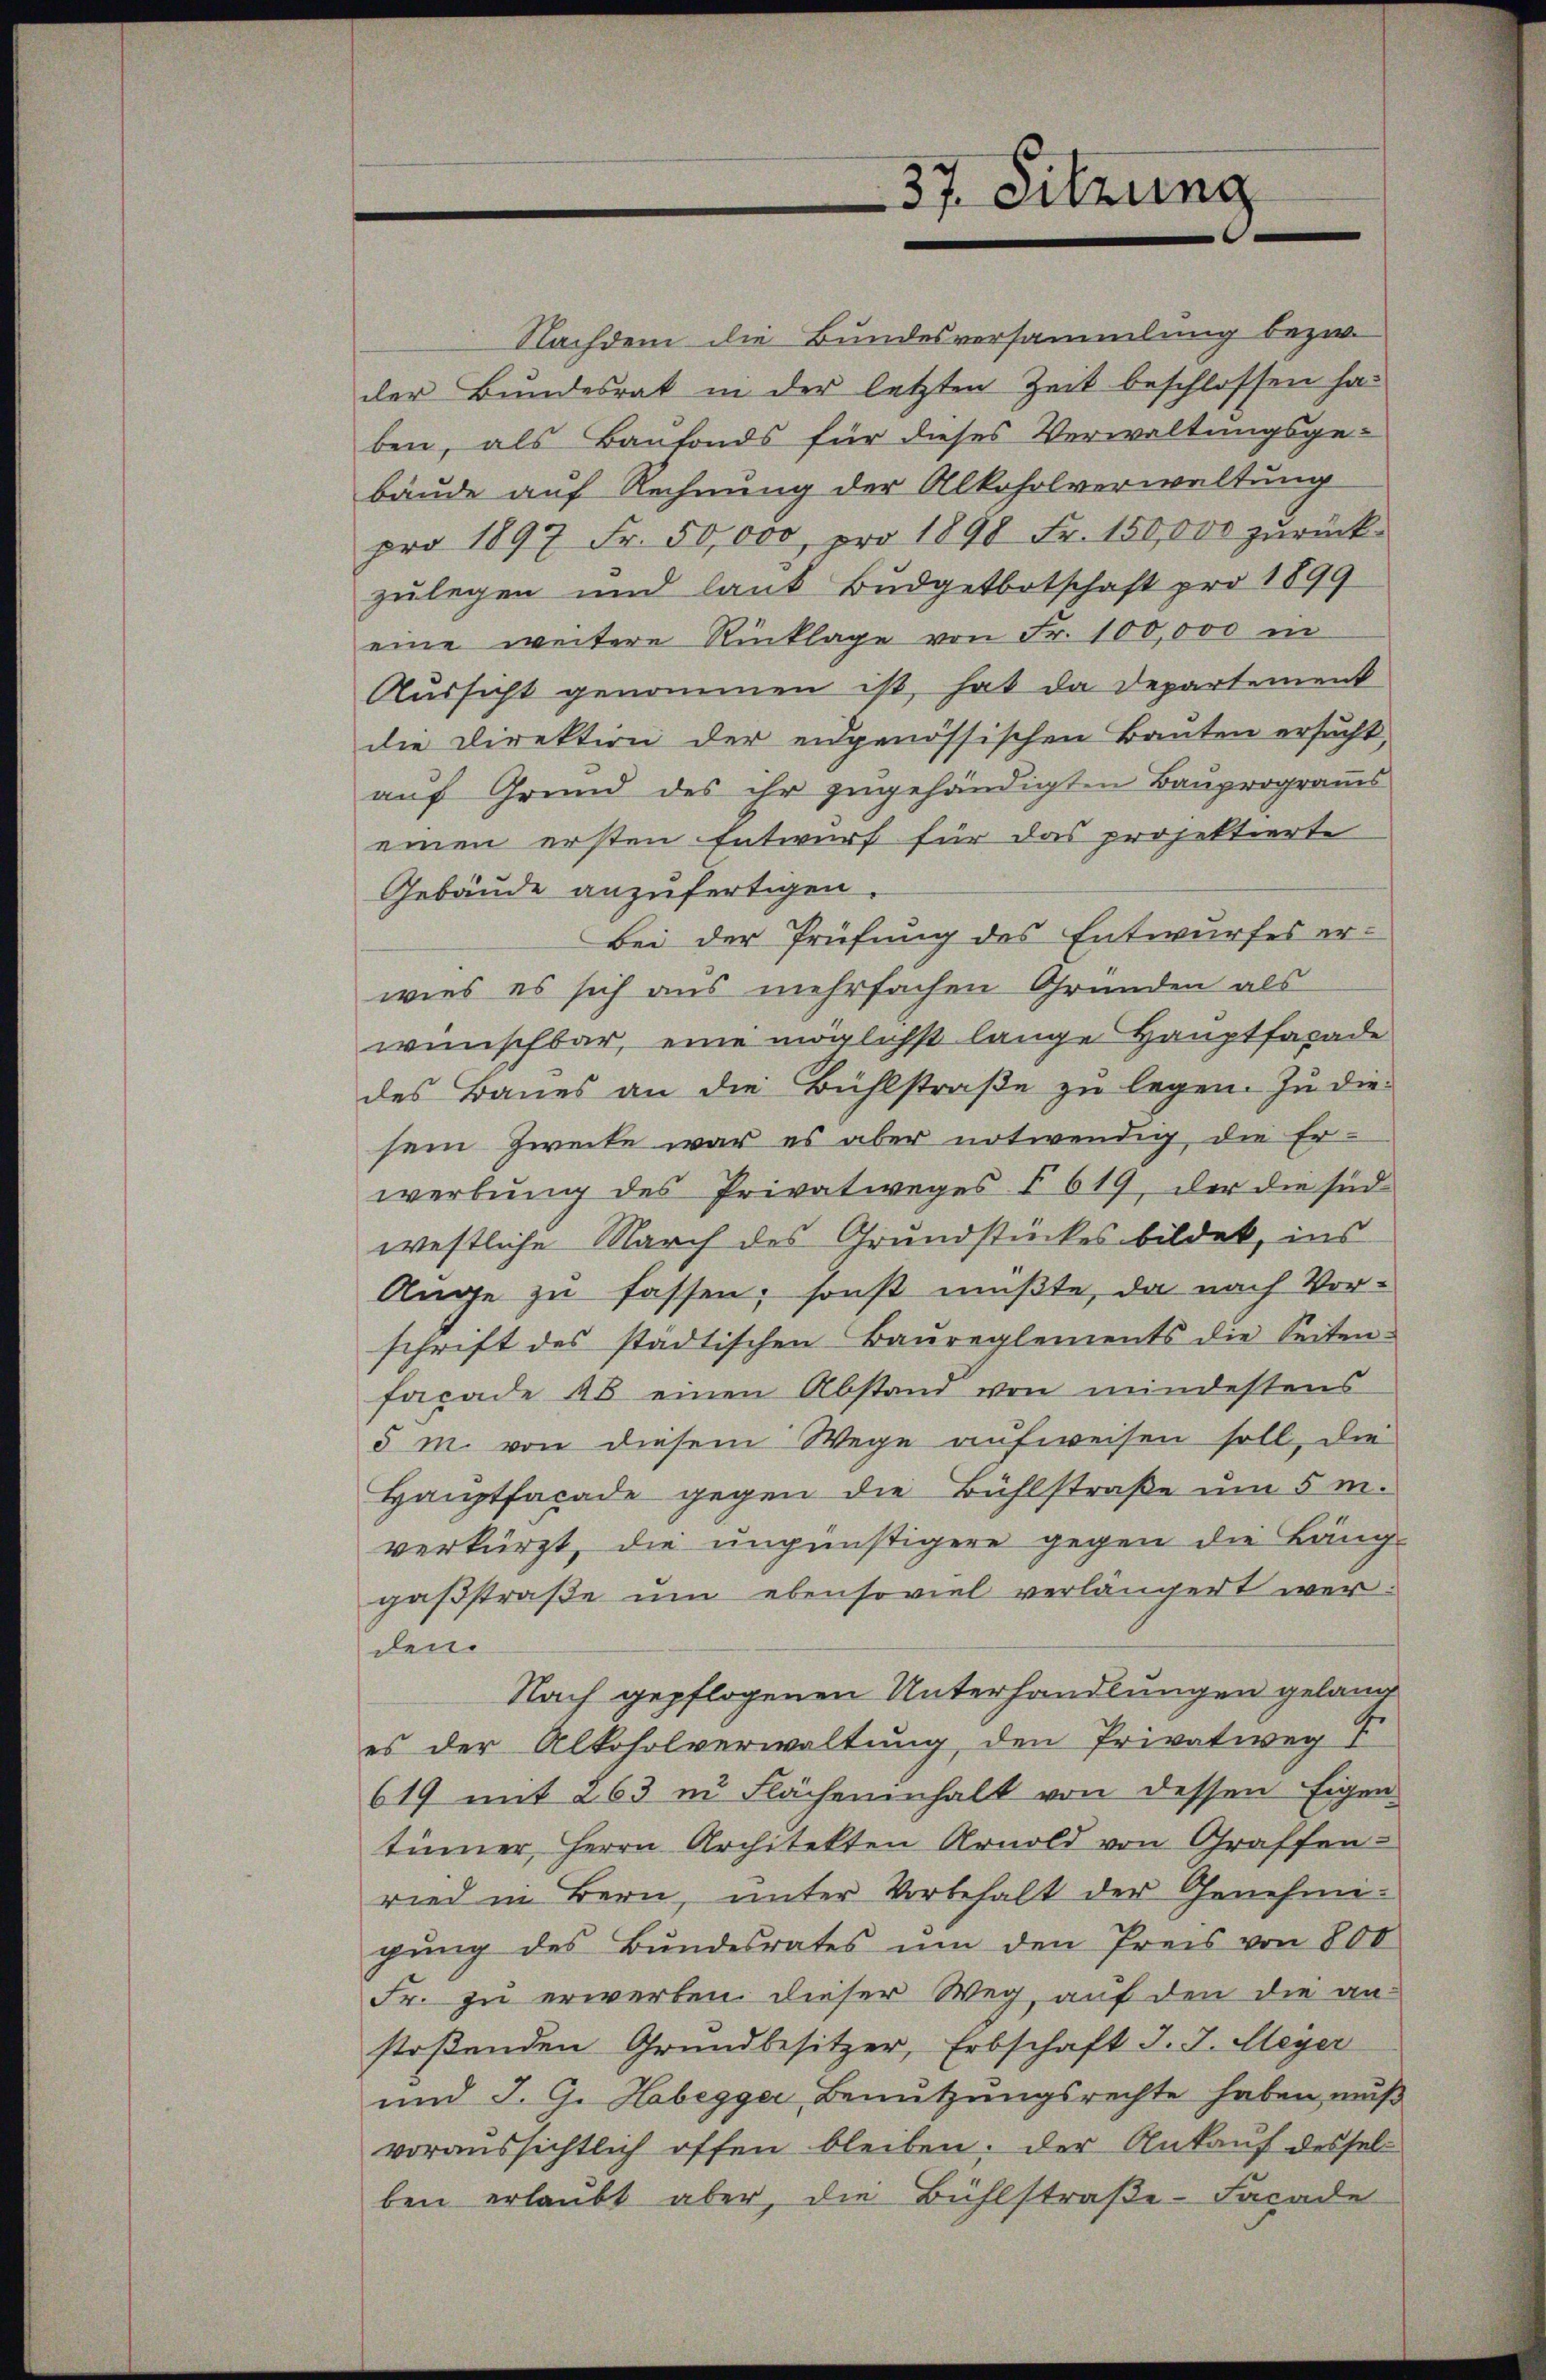
37. Sitzung

Nachdem die Bundesversammlung bezw.
der Bundesrat in der letzten Zeit beschlossen haben, als Baufonds für dieses Verwaltungsge-
bäude auf Rechnung der Alkoholverwaltung
pro 1897 Fr. 50,000, pro 1898 Fr. 150,000 zŭrück-
zulegen und lank Budgetbotschaft pro 1899
eine weitere Rücklage von Fr. 100,000 in
Aussicht genommen ist, hat da Departement
die Direktion der eidgenössischen Bauten ersucht,
auf Grund des ihr zugehändigten Bauprogramms
einen ersten Entwurf für das projektierte
Gebäude anzufertigen
Bei der Prüfung des Entwurfes er-
wies es sich aus mehrfachen Gründen als
wünschbar, eine möglichst lange Hauptfacade
des Baues an die Bühlstraße zu legen. Zu die-
sem Zwecke war es aber notwendig die Er-
werbung des Privatweges § 619, der die sid
westliche March des Grundstückes bildet, ins
Auge zu fassen; sonst mußte, da nach Vorschrift des städtischen Baureglements die Seiten-
facade 48 einen Abstand von mindestens
5 m. von diesem Wege aufweisen soll, die
Hauptfacade gegen die Bühlstraße um 5 m.
verkürzt, die ungünstigere gegen die Läng-
gaßstraße um ebensoviel verlängert werden.
Nach gepflogenen Unterhandlungen gelang
es der Alkoholverwaltung den Privatweg 7
619 mit 263 in Flächeninhalt von dessen Eigen-
tümer Herrn Architekten Arnold von Graffen
ried in Bern, unter Vorbehalt der Genehmigŭng des Bundesrates um den Preis von 800
Fr. zu erwerben. Dieser Weg, auf den die anstoßenden Grundbesitzer, Erbschaft d. J. Meyer
und J. G. Habegger Benutzungsrechte haben, muß
voraussichtlich offen bleiben: der Ankauf desselben erlaubt aber, die Bühlstraβe Facade